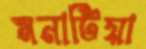
মনাটিয়া